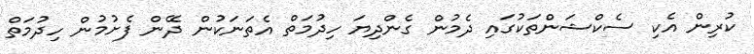
ކުރިން އެކި ސެކްޝަންތަކުގައި ދެމުން ގެންދިޔަ ހިދުމަތް އެތަނަކުން ދޭން ފެށުމުން ހިދުމަތް